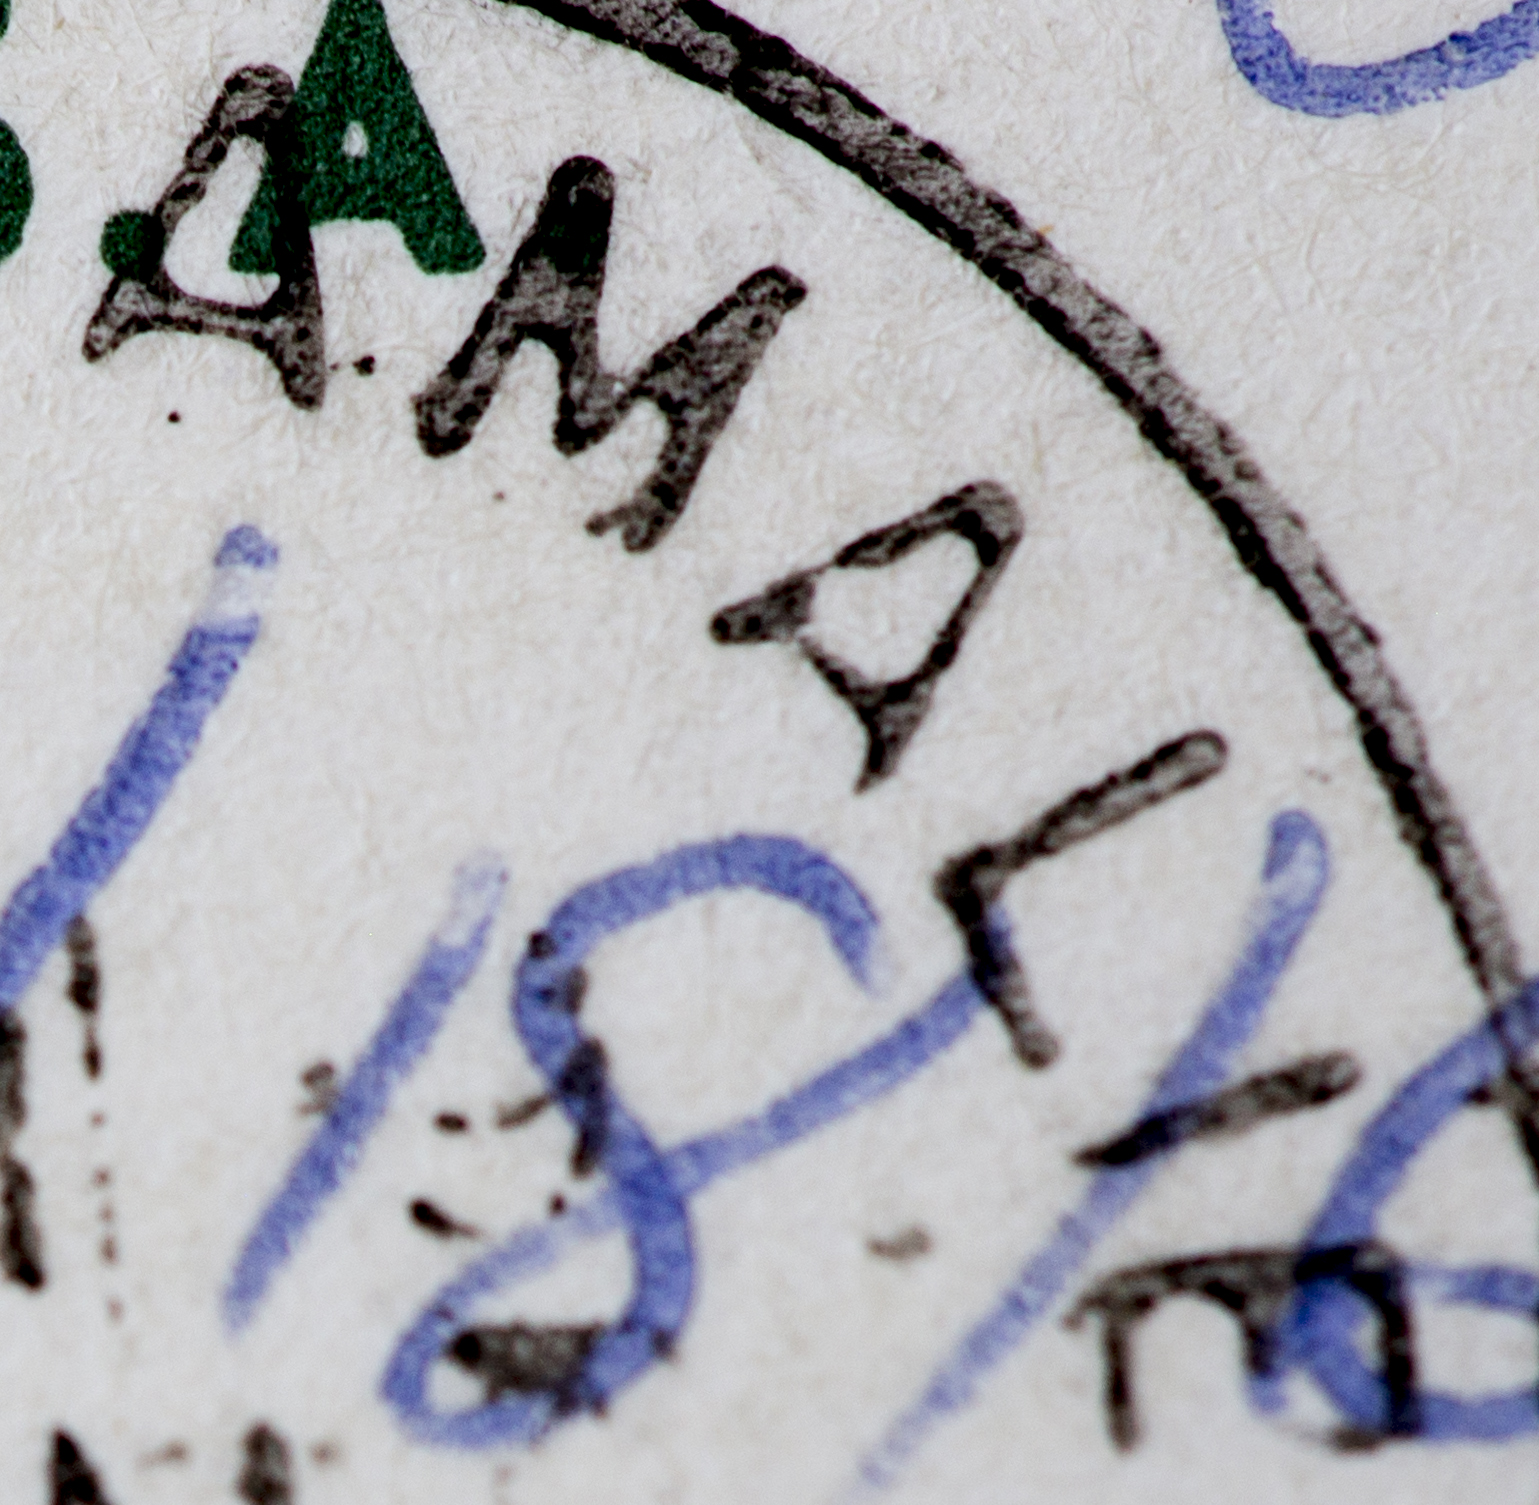
AMALIE